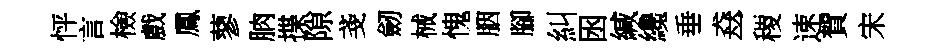
怦言檢戲鳳蓼朒揲隙戔劒械愧胭腳糾囦緘纔垂猋一稷速賀宋